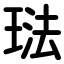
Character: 琺